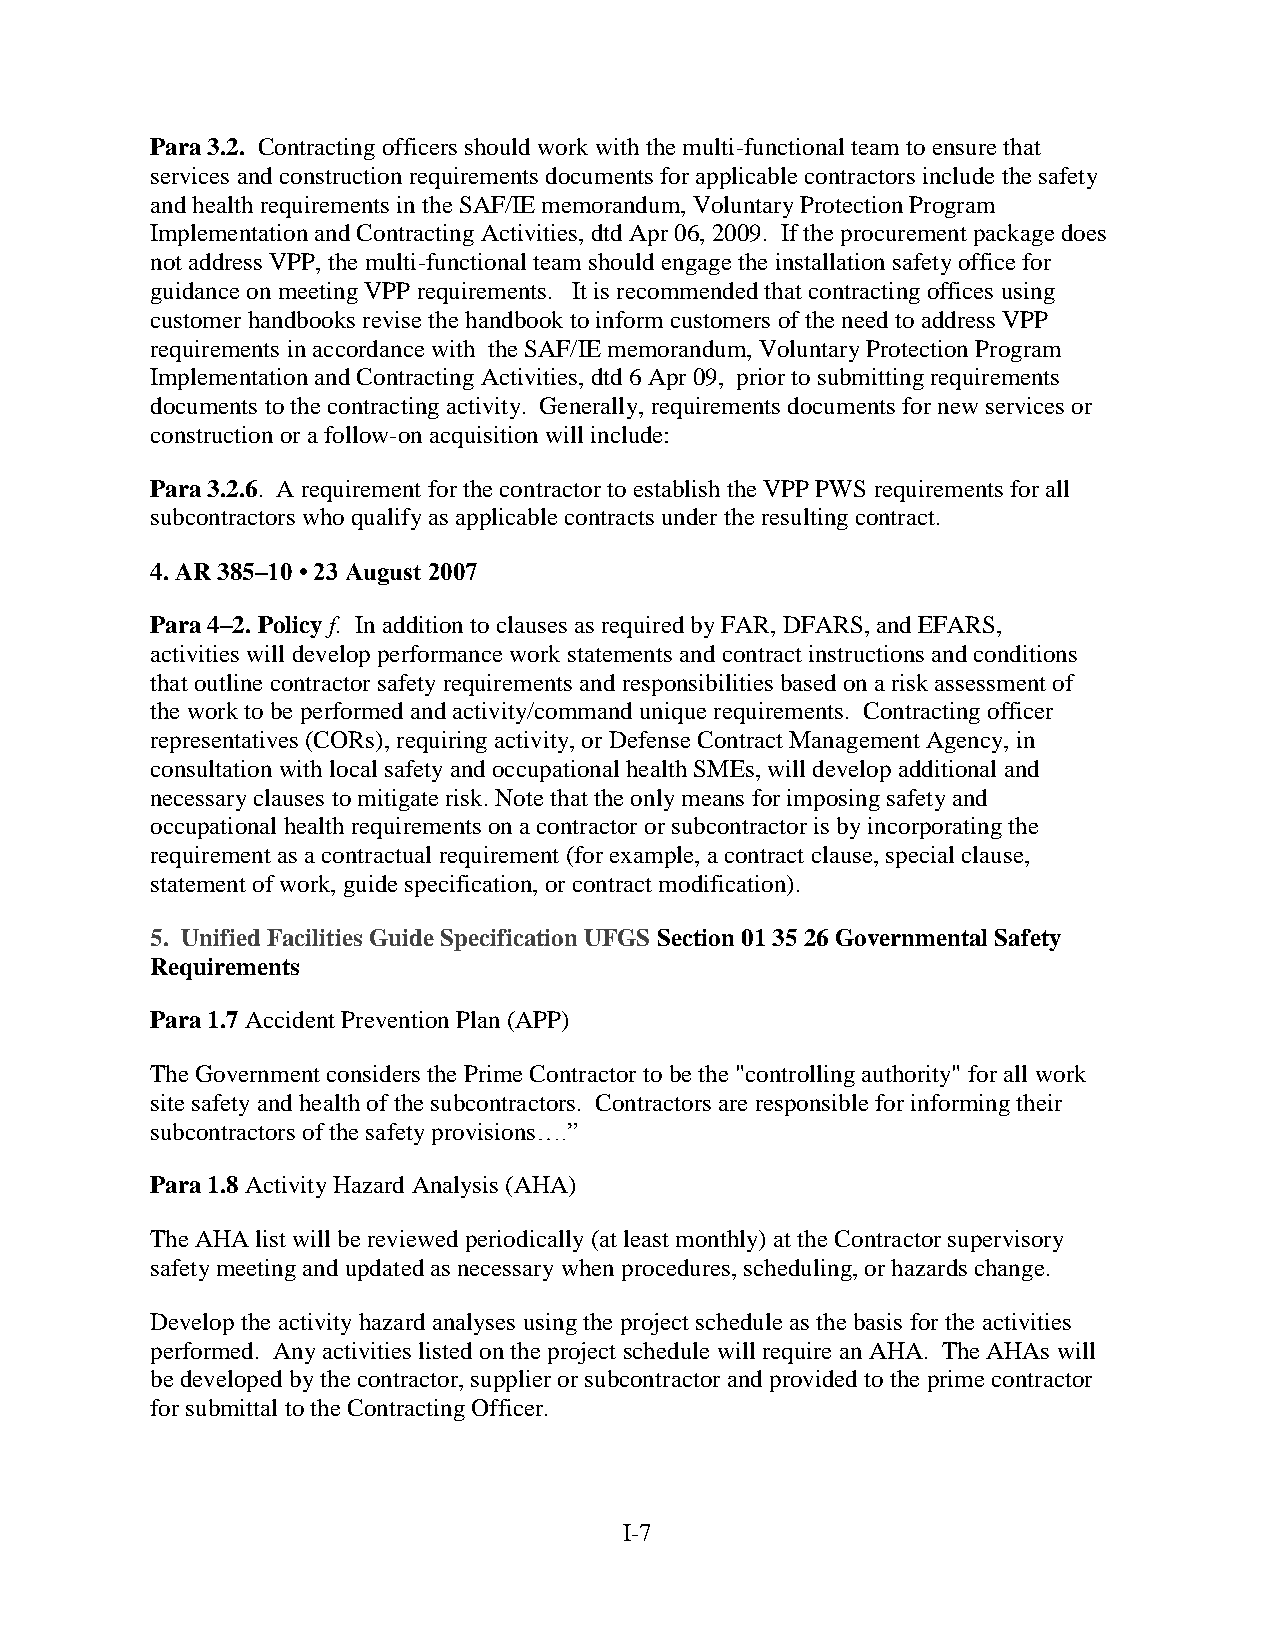
Para 3.2. Contracting officers should work with the multi-functional team to ensure that
 services and construction requirements documents for applicable contractors include the safety
 and health requirements in the SAF/IE memorandum, Voluntary Protection Program
 Implementation and Contracting Activities, dtd Apr 06, 2009. If the procurement package does
 not address VPP, the multi-functional team should engage the installation safety office for
 guidance on meeting VPP requirements. It is recommended that contracting offices using
 customer handbooks revise the handbook to inform customers of the need to address VPP
 requirements in accordance with the SAF/IE memorandum, Voluntary Protection Program
 Implementation and Contracting Activities, dtd 6 Apr 09, prior to submitting requirements
 documents to the contracting activity. Generally, requirements documents for new services or
 construction or a follow-on acquisition will include:
 Para 3.2.6. A requirement for the contractor to establish the VPP PWS requirements for all
 subcontractors who qualify as applicable contracts under the resulting contract.
 4. AR 385–10 • 23 August 2007
 Para 4–2. Policy f. In addition to clauses as required by FAR, DFARS, and EFARS,
 activities will develop performance work statements and contract instructions and conditions
 that outline contractor safety requirements and responsibilities based on a risk assessment of
 the work to be performed and activity/command unique requirements. Contracting officer
 representatives (CORs), requiring activity, or Defense Contract Management Agency, in
 consultation with local safety and occupational health SMEs, will develop additional and
 necessary clauses to mitigate risk. Note that the only means for imposing safety and
 occupational health requirements on a contractor or subcontractor is by incorporating the
 requirement as a contractual requirement (for example, a contract clause, special clause,
 statement of work, guide specification, or contract modification).
 5. Unified Facilities Guide Specification UFGS Section 01 35 26 Governmental Safety
 Requirements
 Para 1.7 Accident Prevention Plan (APP)
 The Government considers the Prime Contractor to be the "controlling authority" for all work
 site safety and health of the subcontractors. Contractors are responsible for informing their
 subcontractors of the safety provisions….”
 Para 1.8 Activity Hazard Analysis (AHA)
 The AHA list will be reviewed periodically (at least monthly) at the Contractor supervisory
 safety meeting and updated as necessary when procedures, scheduling, or hazards change.
 Develop the activity hazard analyses using the project schedule as the basis for the activities
 performed. Any activities listed on the project schedule will require an AHA. The AHAs will
 be developed by the contractor, supplier or subcontractor and provided to the prime contractor
 for submittal to the Contracting Officer.
 I-7